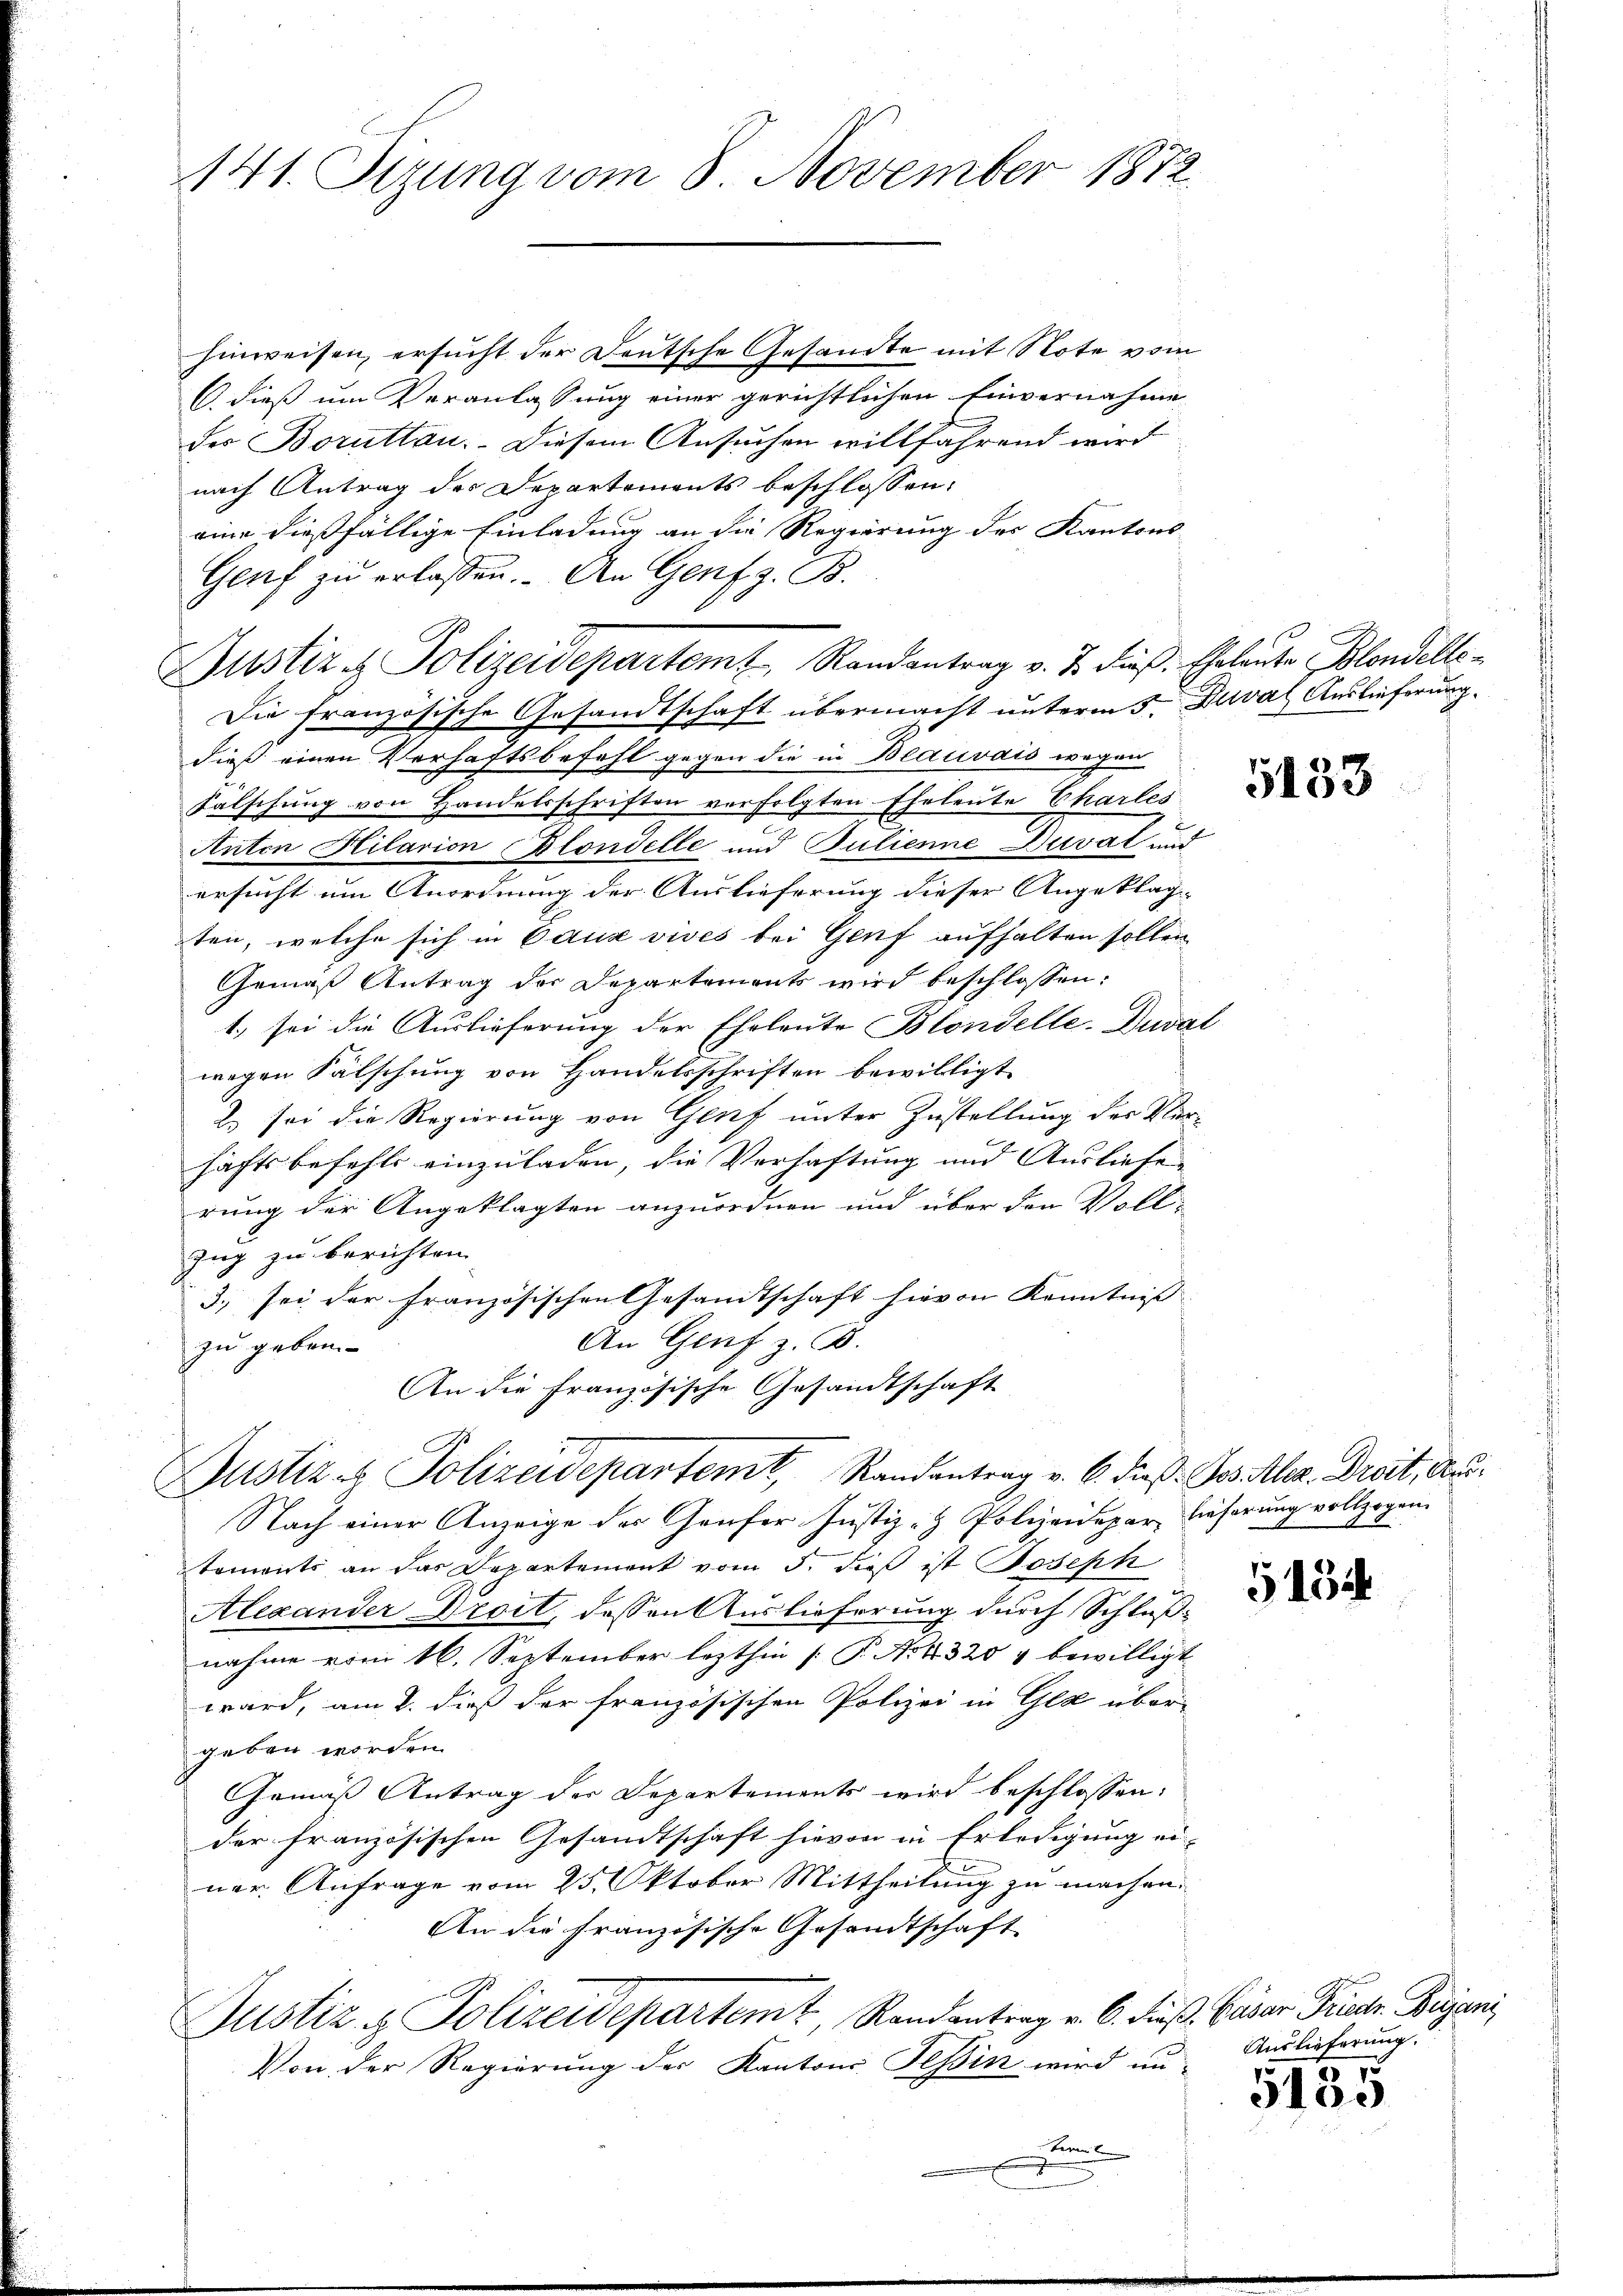
141. Sizung vom 8. November 1872

hinweisen, ersucht der Deutsche Gesandte mit Note vom
C. dieß um Veranlassung einer gerichtlichen Einvernahme
des Boruttan. Diesem Ansuchen willfährend wird
nach Antrag der Departements beschlossen:
eine dießfällige Einladung an die Regierung des Kantons-
Genf zŭ erlassen. - An Genf z. B.
Justiz & Polizeidepartem Randantrag v. J. dieβ. Eheleute Blondelle-
Die französische Gesandtschaft übermacht unterm 5. Deval Auslieferung
dieß einen Verhaftsbefehl gegen die in Blauvais wegen
Falschung von Handelsschriften verfolgten Eheleute Charles
Anton Kilarion Blondelle und Pulienne Duvat und
ersucht um Anordnung der Auslieferung dieser Angeklage
ten, welche sich in Cause vives bei Genf aufhalten sollen
Gemäß Antrag der Departements wird beschlossen:
1.) sei die Auslieferung der Eheleute Blondelle-Duva
wegen Fälschung von Handelsschriften bewilligt
2. sei die Regierung von Genf unter Zustellung der Ver-
sachtsbefehls einzuladen, die Verhaftung und Ausliefe
rung der Angeklagten anzuordnen und über den Voll¬
Zug zu berichten.
3. sei der Französischen Gesandtschaft hievon Kenntniss |
An Genf z. B.
zu geben.
An die Französische Gesandtschaft
i
Justiz- & Polizeidepartemt, Randantrag v. 6. dieß Gos Alez. Droit, Aus¬
Nach einer Anzeige des Genfer Justiz- & Polizeidepar lieferung vollzogen.
toments an das Departement vom 5. dieß ist Joseph
Alexander Droit, dessen Auslieferung durch Schlußnahme vom 16. September lezthin [P. Nr. 4 320 & bewilligt
ward, am 2. dieß der französischen Polizei in Gla über-
geben worden.
Gemäß Antrag der Departements wird beschlossen:
der französischen Gesandtschaft hievon in Erledigung ei
ner Anfrage vom 25. Oktober Mittheilung zu machen.
An die französische Gesandtschaft
Justiz & Polizeidepartemt, Randantrag v. 6. dieß. Cäsar Friedr Beyen,
Von der Regierung der Kantons Teßin wird un-

i

5153

5154

Auslieferung.
2
I

5105